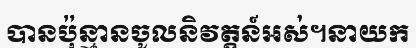
បានប៉ុន្មានចូលនិវត្តន៍អស់។នាយក